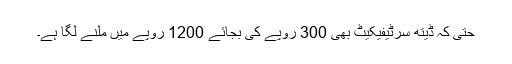
حتی کہ ڈیتھ سرٹیفیکیٹ بھی 300 روپے کی بجائے 1200 روپے میں ملنے لگا ہے۔